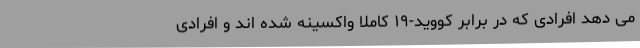
می دهد افرادی که در برابر کووید-۱۹ کاملا واکسینه شده اند و افرادی